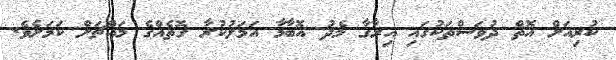
ކުރިއަށް އޮތް ދުވަސްތަކުގައި އިރާގާ މެދު އޮބާމާ އަމަލުކުރާ ގޮތެއްގެ މައްޗަށް ކަމަށެވެ.